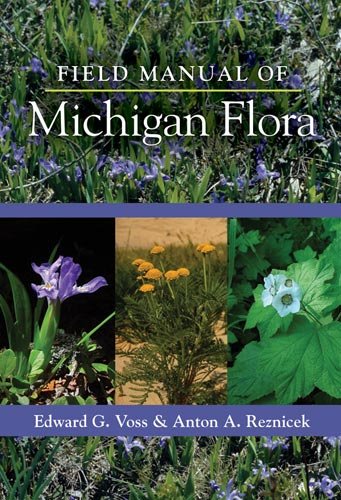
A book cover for Field Manual of Michigan Flora; Anton A. Reznicek; Travel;